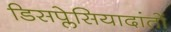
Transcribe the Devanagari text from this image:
डिसप्लेसियादांतों